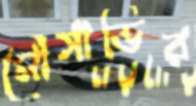
মৌসাভির